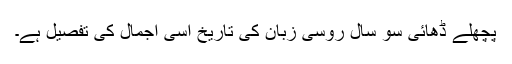
پچھلے ڈھائی سو سال روسی زبان کی تاریخ اسی اجمال کی تفصیل ہے۔